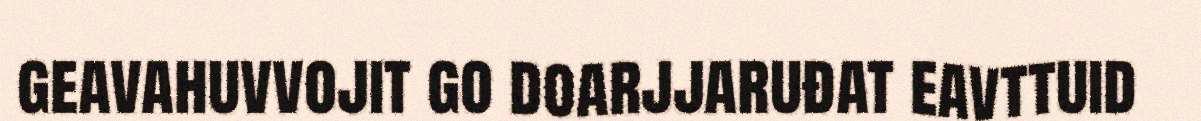
geavahuvvojit go doarjjaruđat eavttuid